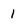
Character: 1